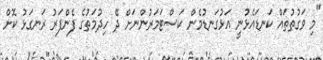
"މި ވަގުތުތައް ކަނޑައެޅުނީ އަޅުގަނޑުމެން ކަސްޓަމަރުންނަށް ދޭ ހިދުމަތުގެ ފެންފަރު ރަނގަޅު ކޮށް